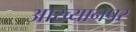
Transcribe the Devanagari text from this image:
आख्यानपर